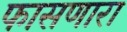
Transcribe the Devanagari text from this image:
फासणारा